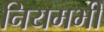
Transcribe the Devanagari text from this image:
नियमभी